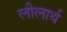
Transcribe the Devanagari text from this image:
लीलार्थ